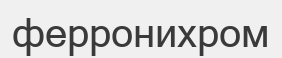
ферронихром